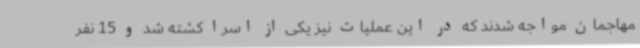
مهاجمان مواجه شدند که در این عملیات نیز یکی از اسرا کشته شد و 15 نفر